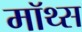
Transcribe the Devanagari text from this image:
मॉथ्स